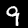
Digit: 9